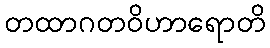
တထာဂတဝိဟာရောတိ